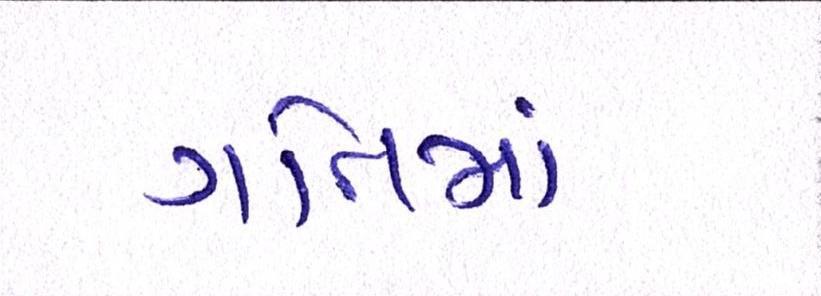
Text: ગતિમાં